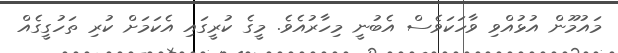
މައުމޫން އުޅުއްވި ވާހަކަވެސް އެބުނީ މިހާރުއެވެ. މީގެ ކުރީގައި އެކަމަށް ކުރި ތަހުގީގެއް